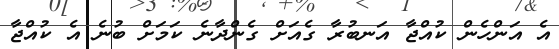
އެ އަންހެން ކުއްޖާ އަނބުރާ ގެއަށް ގެންދާނެ ކަމަށް ބުނެ އެ ކުއްޖާާ